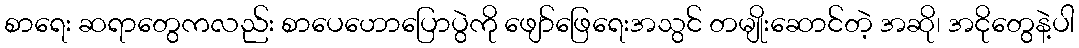
စာရေး ဆရာတွေကလည်း စာပေဟောပြောပွဲကို ဖျော်ဖြေရေးအသွင် တမျိုးဆောင်တဲ့ အဆို၊ အငိုတွေနဲ့ပါ